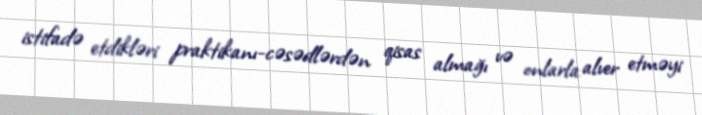
istifadə etdikləri praktikanı-cəsədlərdən qisas almağı və onlarla alver etməyi